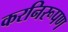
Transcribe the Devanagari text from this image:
करनिरूपण